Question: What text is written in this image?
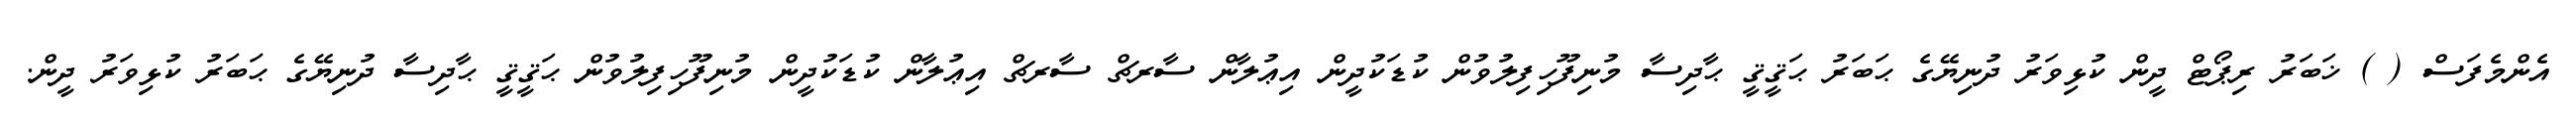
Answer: އެންމެފަސް ( ) ޚަބަރު ރިޕޯޓް ދީން ކުޅިވަރު ދުނިޔޭގެ ޙަބަރު ޙަޤީޤީ ޙާދިސާ މުނިފޫހިފިލުވުން ކުޑަކުދީން އިޢުލާން ސާރޗް ސާރޗް އިޢުލާން ކުޑަކުދީން މުނިފޫހިފިލުވުން ޙަޤީޤީ ޙާދިސާ ދުނިޔޭގެ ޙަބަރު ކުޅިވަރު ދީން.